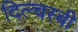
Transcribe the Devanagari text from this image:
दिल्चस्बी